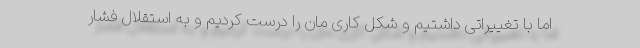
اما با تغییراتی داشتیم و شکل کاری مان را درست کردیم و به استقلال فشار